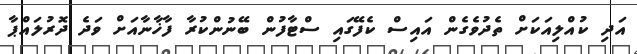
އަދި ކުއްލިއަކަށް ތެދުވެގެން އައިސް ކެފޭގައި ސްޓާފުން ބޭނުންކުރާ ފާޚާނާއަށް ވަދެ ދޮރުލައްޕާ